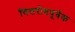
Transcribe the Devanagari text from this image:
चित्तरोधपूर्वक